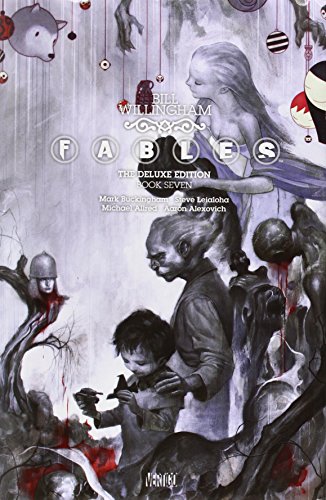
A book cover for Fables: The Deluxe Edition Book Seven; Bill Willingham; Comics & Graphic Novels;